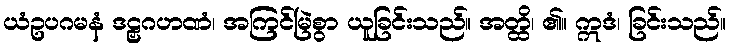
ယံဥပဂမနံ ဒဠှဂဟဏံ၊ အကြင်မြဲစွာ ယူခြင်းသည်။ အတ္ထိ၊ ၏။ ဣဒံ၊ ခြင်းသည်။